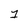
Character: 1